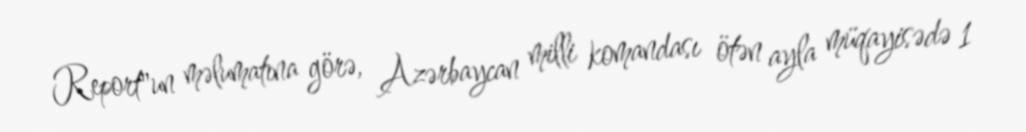
Report"un məlumatına görə, Azərbaycan milli komandası ötən ayla müqayisədə 1